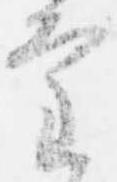
審